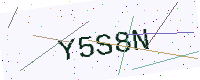
Text: Y5S8N